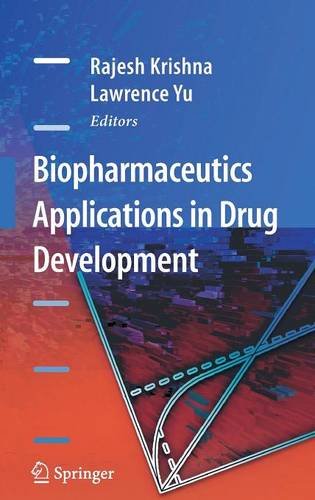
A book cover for Biopharmaceutics Applications in Drug Development; Medical Books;